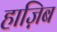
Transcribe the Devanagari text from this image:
हाज़िब